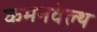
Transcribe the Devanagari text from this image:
कमनवेल्थ